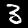
Label: 3